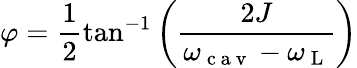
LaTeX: \varphi=\frac{1}{2}\tan^{-1}\bigg(\frac{2J}{\omega_{\mathrm{~c~a~v~}}-\omega_{\mathrm{~L~}}}\bigg)